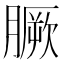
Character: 𦠑